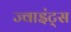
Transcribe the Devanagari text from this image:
ज्वाइंट्स